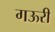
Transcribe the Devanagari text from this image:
गऊरी